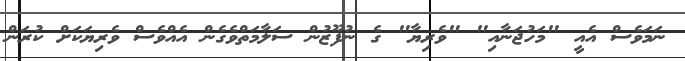
ނަމަވެސް އެއީ "މަހުޖަނާއި" "ވެރިޔާ" ގެ ނުފޫޒުން ސަލާމަތްވެގެން އެއްވެސް ވެރިޔަކަށް ކުރަން